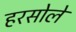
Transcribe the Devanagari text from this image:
हरसोले